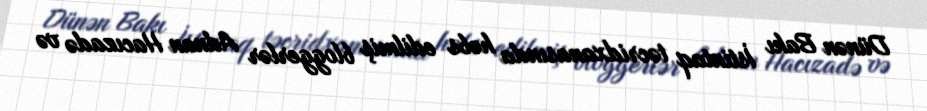
Dünən Bakı İstintaq təcridxanasında həbs edilmiş bloggerlər Adnan Hacızadə və